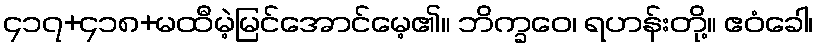
၄၁၇+၄၁၈+မထီမဲ့မြင်အောင်မေ့၏။ ဘိက္ခဝေ၊ ရဟန်းတို့။ ဧဝံခေါ၊